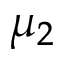
\mu _ { 2 }